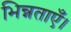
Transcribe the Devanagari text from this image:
भिन्नताएँ।